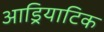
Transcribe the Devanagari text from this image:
आड्रियाटिक